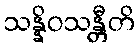
သန္နိဝသန္တီတိ